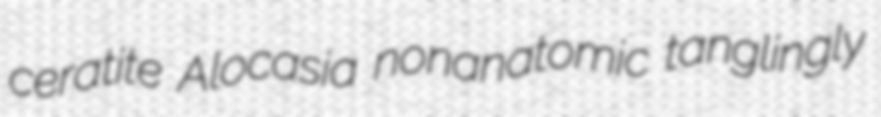
ceratite Alocasia nonanatomic tanglingly